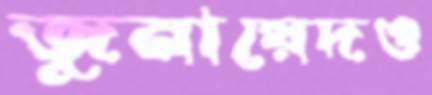
জুনায়েদও